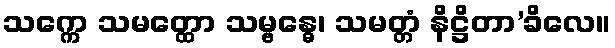
သက္ကေ သမတ္ထော သမ္ဗန္ဓေ၊ သမတ္တံ နိဋ္ဌိတာ’ခိလေ။